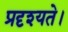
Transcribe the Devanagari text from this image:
प्रदृश्यते।